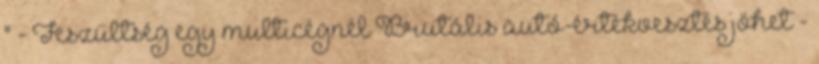
" - Feszültség egy multicégnél Brutális autó-értékvesztés jöhet -